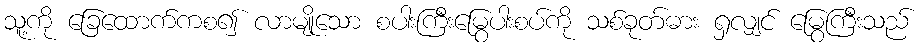
သူ့ကို ခြေထောက်ကစ၍ လာမျိုသော စပါးကြီးမြွေပါးစပ်ကို သစ်ခုတ်ဓား ရှလျှင် မြွေကြီးသည်